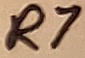
Text: R7